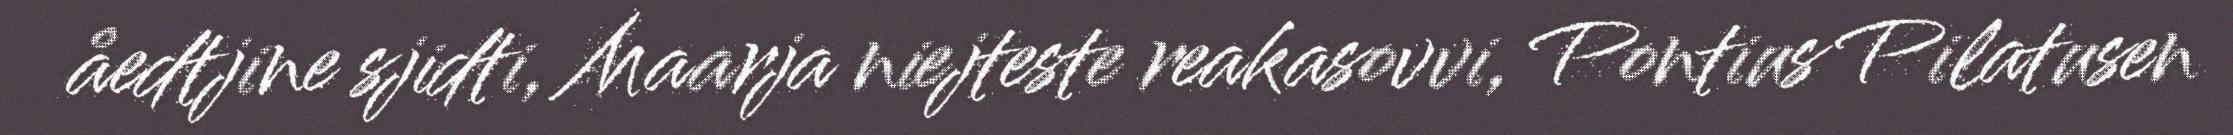
åedtjine sjidti, Maarja niejteste reakasovvi, Pontius Pilatusen